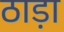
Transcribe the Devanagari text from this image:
ठाड़ा